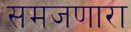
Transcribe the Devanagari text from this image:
समजणारा